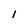
Character: 1